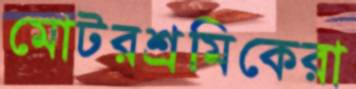
মোটরশ্রমিকেরা